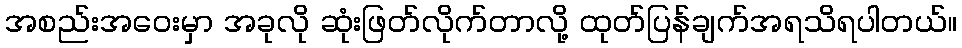
အစည်းအဝေးမှာ အခုလို ဆုံးဖြတ်လိုက်တာလို့ ထုတ်ပြန်ချက်အရသိရပါတယ်။